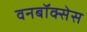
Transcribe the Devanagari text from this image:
वनबॉक्सेस